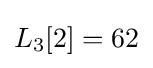
L_{3}[2]=62